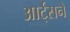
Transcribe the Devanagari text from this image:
आर्ट्‌सने